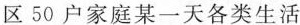
区50户家庭某一天各类生活